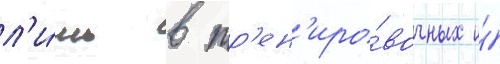
л'и́шь в тр'ен'иро́вочных и́